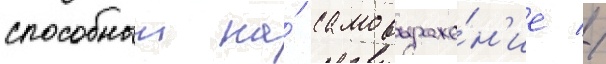
способныи на́ самовыраже́н'ие //